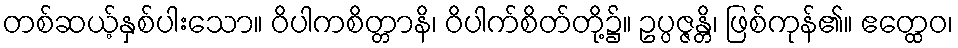
တစ်ဆယ့်နှစ်ပါးသော။ ဝိပါကစိတ္တာနိ၊ ဝိပါက်စိတ်တို့၌။ ဥပ္ပဇ္ဇန္တိ၊ ဖြစ်ကုန်၏။ ဧတ္ထေဝ၊